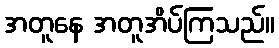
အတူနေ အတူအိပ်ကြသည်။